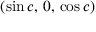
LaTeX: ( \sin c , \, 0 , \, \cos c )